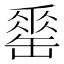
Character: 𦉈